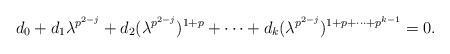
LaTeX: \begin{align*}d_0 + d_1 \lambda^{p^{2-j}} + d_2 (\lambda^{p^{2-j}})^{1+p} + \cdots + d_k (\lambda^{p^{2-j}})^{1+p+\cdots+p^{k-1}} = 0.\end{align*}